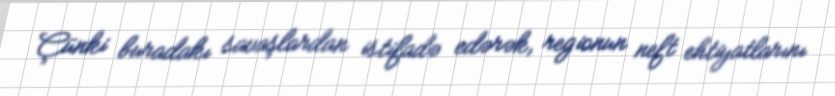
Çünki buradakı savaşlardan istifadə edərək, regionun neft ehtiyatlarını